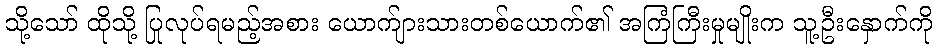
သို့သော် ထိုသို့ ပြုလုပ်ရမည့်အစား ယောက်ျားသားတစ်ယောက်၏ အကြံကြီးမှုမျိုးက သူ့ဦးနှောက်ကို